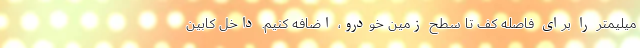
میلیمتر را برای فاصله کف تا سطح زمین خودرو، اضافه کنیم. داخل کابین